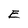
Character: E